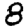
Digit: 8